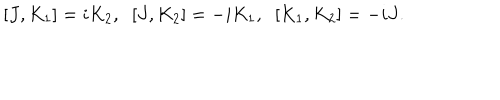
[ J , K _ { 1 } ] = i K _ { 2 } , \; \; [ J , K _ { 2 } ] = - i K _ { 1 } , \; \; [ K _ { 1 } , K _ { 2 } ] = - i J .